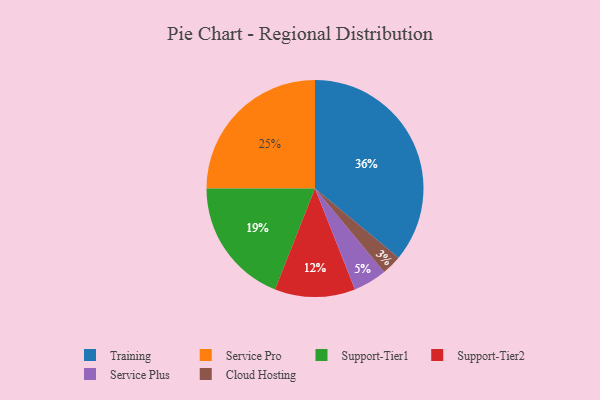
{"axis": {"x": "Category", "y": "Percentage"}, "legend": ["Cloud Hosting", "Service Plus", "Service Pro", "Support-Tier1", "Support-Tier2", "Training"], "data": [{"x": "Support-Tier2", "y": 12, "type": "Support-Tier2"}, {"x": "Training", "y": 36, "type": "Training"}, {"x": "Cloud Hosting", "y": 3, "type": "Cloud Hosting"}, {"x": "Service Pro", "y": 25, "type": "Service Pro"}, {"x": "Service Plus", "y": 5, "type": "Service Plus"}, {"x": "Support-Tier1", "y": 19, "type": "Support-Tier1"}]}